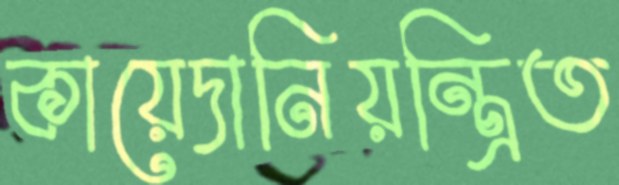
কায়েদানিয়ন্ত্রিত